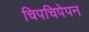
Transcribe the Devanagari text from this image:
चिपचिपेपन